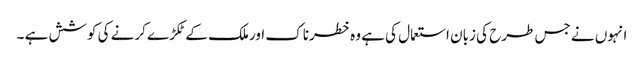
انہوں نے جس طرح کی زبان استعمال کی ہے وہ خطرناک اور ملک کے ٹکڑے کرنے کی کوشش ہے ۔